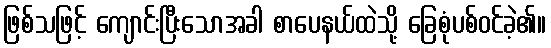
ဖြစ်သဖြင့် ကျောင်းပြီးသောအခါ စာပေနယ်ထဲသို့ ခြေစုံပစ်ဝင်ခဲ့၏။